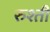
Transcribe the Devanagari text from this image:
रुश्ती